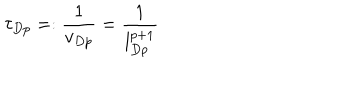
LaTeX: \tau _ { D p } = : \frac { 1 } { v _ { D p } } = \frac { 1 } { l _ { D p } ^ { p + 1 } }